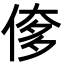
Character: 偧